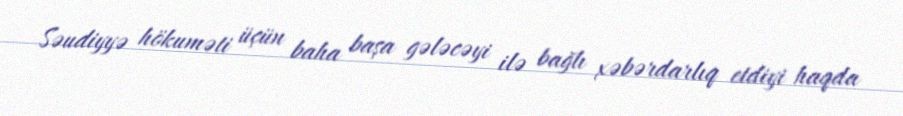
Səudiyyə hökuməti üçün baha başa gələcəyi ilə bağlı xəbərdarlıq etdiyi haqda